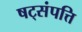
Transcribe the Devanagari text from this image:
षट्‌संपत्ति